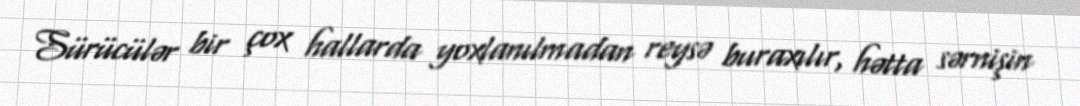
Sürücülər bir çox hallarda yoxlanılmadan reysə buraxılır, hətta sərnişin